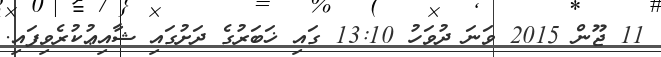
11 ޖޫން 2015 ވަނަ ދުވަހު 13:10 ގައި ޚަބަރުގެ ދަށުގައި ޝާއިޢުކުރެވިފައި.